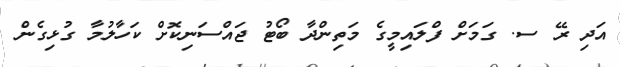
އަދި ރޭ ސ. ގަމަށް ފްލައިމީގެ މަތިންދާ ބޯޓު ޖައްސަނިކޮށް ކަހާލުމާ ގުޅިގެން